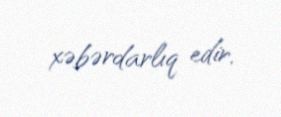
xəbərdarlıq edir.